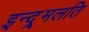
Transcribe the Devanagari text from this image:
इन्द्र्मलति